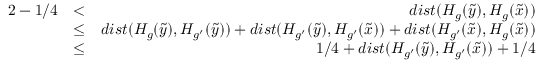
\begin{array} { r l r } { 2 - 1 / 4 } & { < } & { d i s t ( H _ { g } ( \widetilde { y } ) , H _ { g } ( \widetilde { x } ) ) } \\ & { \leq } & { d i s t ( H _ { g } ( \widetilde { y } ) , H _ { g ^ { \prime } } ( \widetilde { y } ) ) + d i s t ( H _ { g ^ { \prime } } ( \widetilde { y } ) , H _ { g ^ { \prime } } ( \widetilde { x } ) ) + d i s t ( H _ { g ^ { \prime } } ( \widetilde { x } ) , H _ { g } ( \widetilde { x } ) ) } \\ & { \leq } & { 1 / 4 + d i s t ( H _ { g ^ { \prime } } ( \widetilde { y } ) , H _ { g ^ { \prime } } ( \widetilde { x } ) ) + 1 / 4 } \end{array}